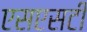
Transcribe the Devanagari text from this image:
एसएसटी